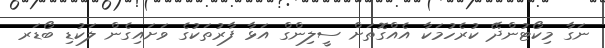
ނަގާ މިކޯޓުންދޭ ކުރެހުމަކާ އެއްގޮތަށް ސީލިންގް އަޅާ ފާރުތަކުގެ ވަށައިގެން ލަކުޑި ބޯޑަރ